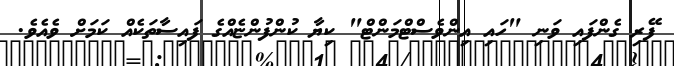
ފޭރި ގެންފައި ވަނި "ހައި އިންވެސްޓްމަންޓް" ކިޔާ ކުންފުންޏެއްގެ ފައިސާތަކެއް ކަމަށް ވެއެވެ.